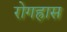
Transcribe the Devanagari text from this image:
रोगह्रास